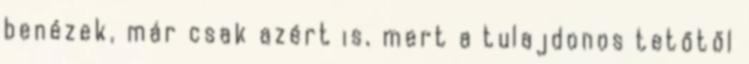
benézek, már csak azért is, mert a tulajdonos tetőtől